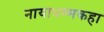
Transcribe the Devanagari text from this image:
नायाधम्मकहा